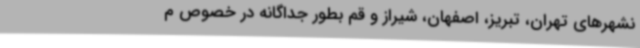
نشهرهای تهران، تبریز،‌ اصفهان،‌ شیراز و قم بطور جداگانه در خصوص م